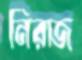
নিরাজ